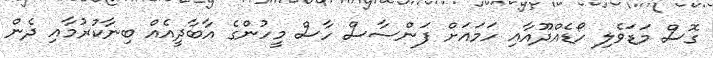
ގޮސް މަޑަވެލި ހޯޑެއްދޫއާއި ހަމައަށް ފަންސާސް ހާސް މީހުންގެ އާބާދީއެއް ބިނާކުރުމާއި ދެން